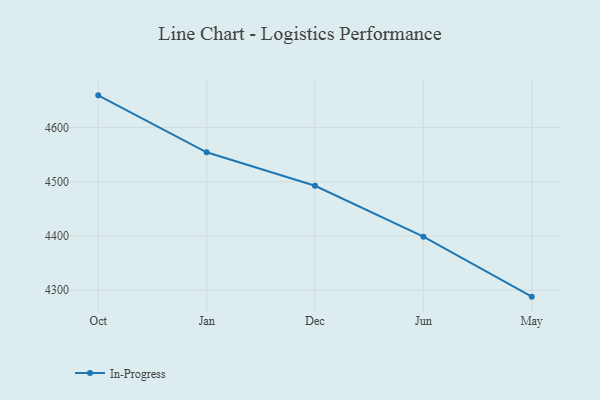
{"axis": {"x": "Month", "y": "Website Visitors"}, "legend": ["In-Progress"], "data": [{"x": "Oct", "y": 4659.2, "type": "In-Progress"}, {"x": "Jan", "y": 4554.2, "type": "In-Progress"}, {"x": "Dec", "y": 4492.6, "type": "In-Progress"}, {"x": "Jun", "y": 4398.7, "type": "In-Progress"}, {"x": "May", "y": 4288.1, "type": "In-Progress"}]}